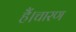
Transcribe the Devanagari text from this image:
हैं।चारण